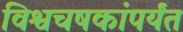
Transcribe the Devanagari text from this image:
विश्वचषकांपर्यंत